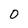
Character: 0